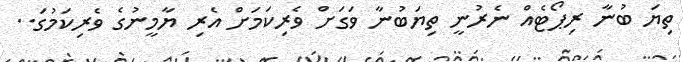
ތިޔަ ބުނާ ރިޕޯޓެއް ނެރުނީ ތިޔަބުނާ ވަގަށް ވެރިކަމަށް އެރި ޔާމީނުގެ ވެރިކަމުގަ..